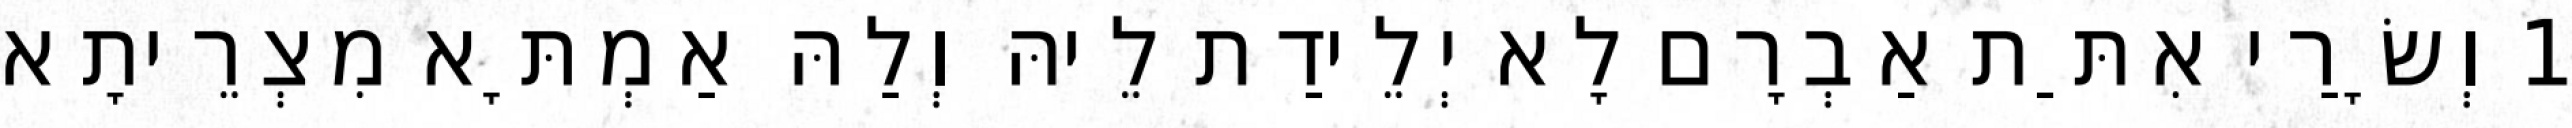
1 וְשָׂרַי אִתַּת אַבְרָם לָא יְלֵידַת לֵיהּ וְלַהּ אַמְתָּא מִצְרֵיתָא